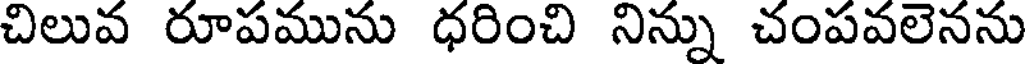
చిలువ రూపమును ధరించి నిన్ను చంపవలెనను